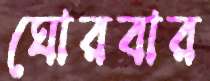
ঘোরবার